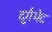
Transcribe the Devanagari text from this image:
दुर्गभेद